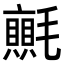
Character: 𭯬